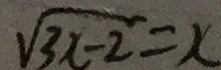
\sqrt { 3 x - 2 } = x